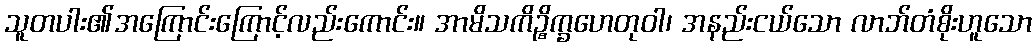
သူတပါး၏အကြောင်းကြောင့်လည်းကောင်း။ အာမိသကိဉ္စိက္ခဟေတုဝါ၊ အနည်းငယ်သော လာဘ်တံစိုးဟူသော